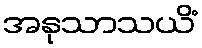
အနုသာသယိံ